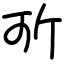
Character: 㪼